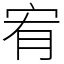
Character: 宥